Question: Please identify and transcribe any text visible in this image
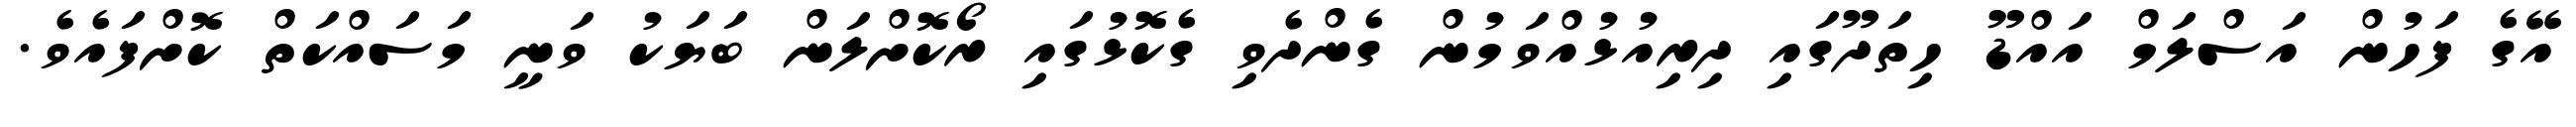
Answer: އޭގެ ފަހުން އަސްލަމް އައްޑޫ ހިތަދޫގައި ދިރިއުޅުއްވަމުން ގެންދެވި ގެކޮޅުގައި ރޯކޮށްލަން ބަޔަކު ވަނީ މަސައްކަތް ކޮށްފައެވެ.